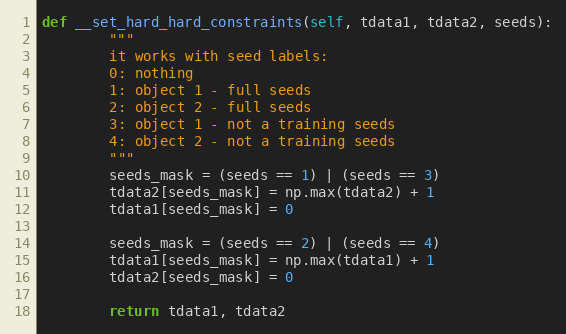
Language: Python
def __set_hard_hard_constraints(self, tdata1, tdata2, seeds):
        """
        it works with seed labels:
        0: nothing
        1: object 1 - full seeds
        2: object 2 - full seeds
        3: object 1 - not a training seeds
        4: object 2 - not a training seeds
        """
        seeds_mask = (seeds == 1) | (seeds == 3)
        tdata2[seeds_mask] = np.max(tdata2) + 1
        tdata1[seeds_mask] = 0

        seeds_mask = (seeds == 2) | (seeds == 4)
        tdata1[seeds_mask] = np.max(tdata1) + 1
        tdata2[seeds_mask] = 0

        return tdata1, tdata2